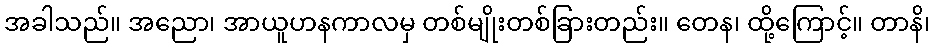
အခါသည်။ အညော၊ အာယူဟနကာလမှ တစ်မျိုးတစ်ခြားတည်း။ တေန၊ ထို့ကြောင့်။ တာနိ၊